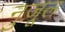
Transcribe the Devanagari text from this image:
नुज़ूल